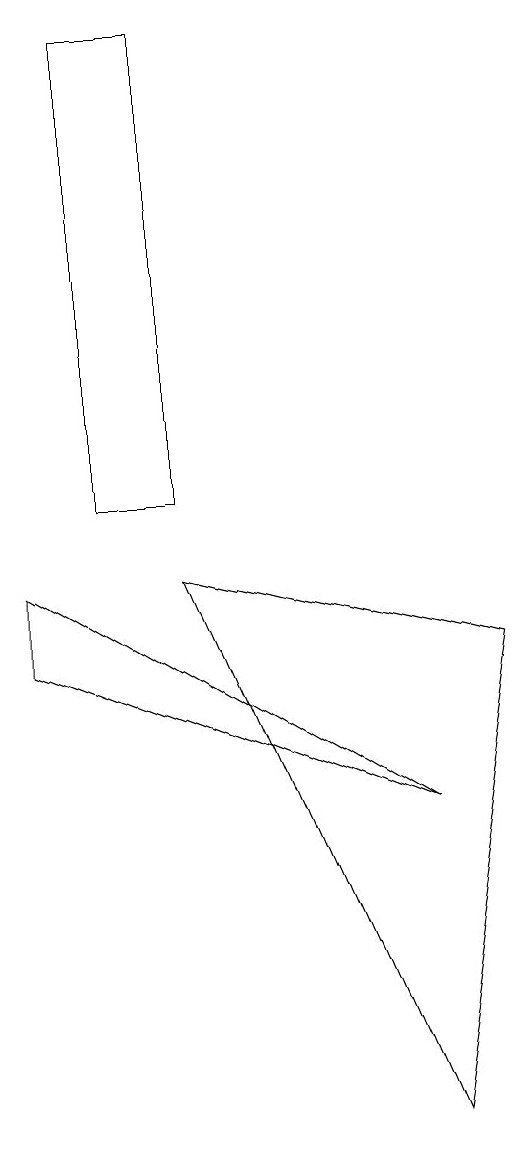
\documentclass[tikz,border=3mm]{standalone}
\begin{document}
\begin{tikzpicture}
\draw (4,9) -- (7,2) -- (8,8) -- cycle;
\draw (4,16) rectangle (3,10);
\draw (2,8) -- (2,9) -- (7,6) -- cycle;
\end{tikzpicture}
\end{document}